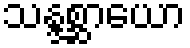
သန္ဒစ္ဆာယော